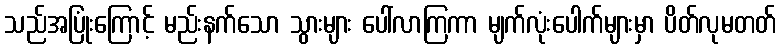
သည်အပြုံးကြောင့် မည်းနက်သော သွားများ ပေါ်လာကြကာ မျက်လုံးပေါက်များမှာ ပိတ်လုမတတ်